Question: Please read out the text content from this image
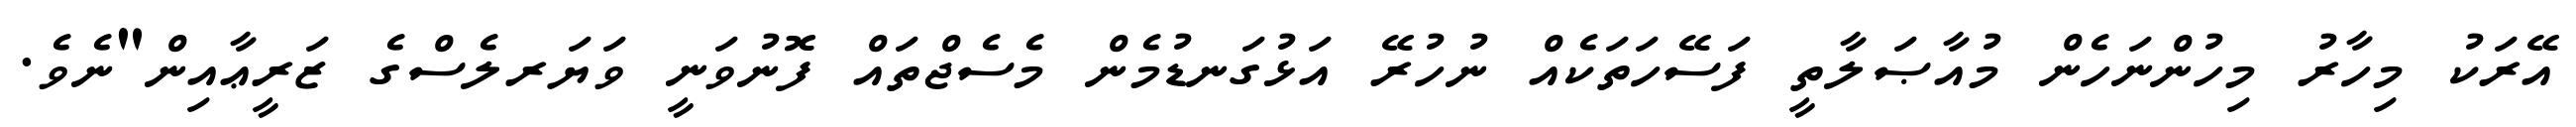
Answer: އޭރަކު މިހާރު މިހުންނަހެން މުއާޞަލާތީ ފަސޭހަތަކެއް ނުހުރޭ އަޅުގަނޑުމެން މެސެޖްތައް ފޮނުވަނީ ވަޔަރލެސްގެ ޒަރީޢާއިން"ނެވެ.